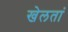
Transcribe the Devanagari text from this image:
खेलतां